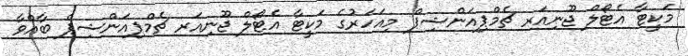
މަކީޓާ އެޓޯލް ޖޫނިއަރ ޗެމްޕިއަންޝިޕް މިއަހަރުގެ މަކީޓާ އެޓޯލް ޖޫނިއަރ ޗެމްޕިއަންޝިޕް ބާއްވާ